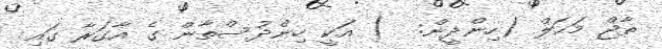
ތާޖް މަޙަލް (ހިންދީން:  ) އަކީ ހިންދުސްތާން ގެ އާގަރާ ގައި